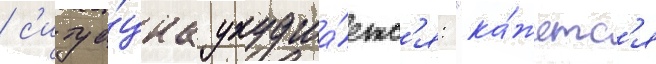
/ с'итуа́циа ухудша́етс'я: "ка́жетс'я